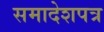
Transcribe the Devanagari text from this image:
समादेशपत्र